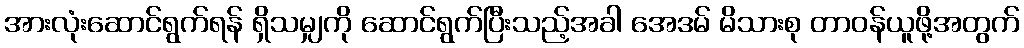
အားလုံးဆောင်ရွက်ရန် ရှိသမျှကို ဆောင်ရွက်ပြီးသည့်အခါ အေဒမ် မိသားစု တာဝန်ယူဖို့အတွက်